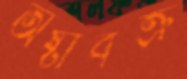
অষ্টাবক্র